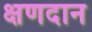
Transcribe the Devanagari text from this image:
क्षणदान